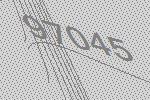
97045